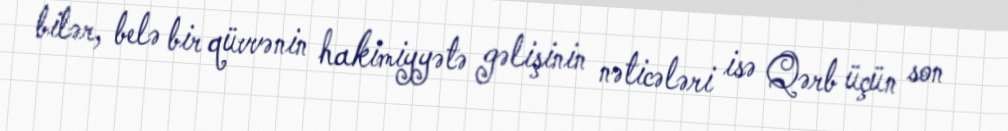
bilər, belə bir qüvvənin hakimiyyətə gəlişinin nəticələri isə Qərb üçün son